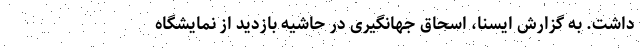
داشت. به گزارش ایسنا، اسحاق جهانگیری در حاشیه بازدید از نمایشگاه